Calcutta medical institutions reports 1879-81 [i.e.91]
Year: 1879
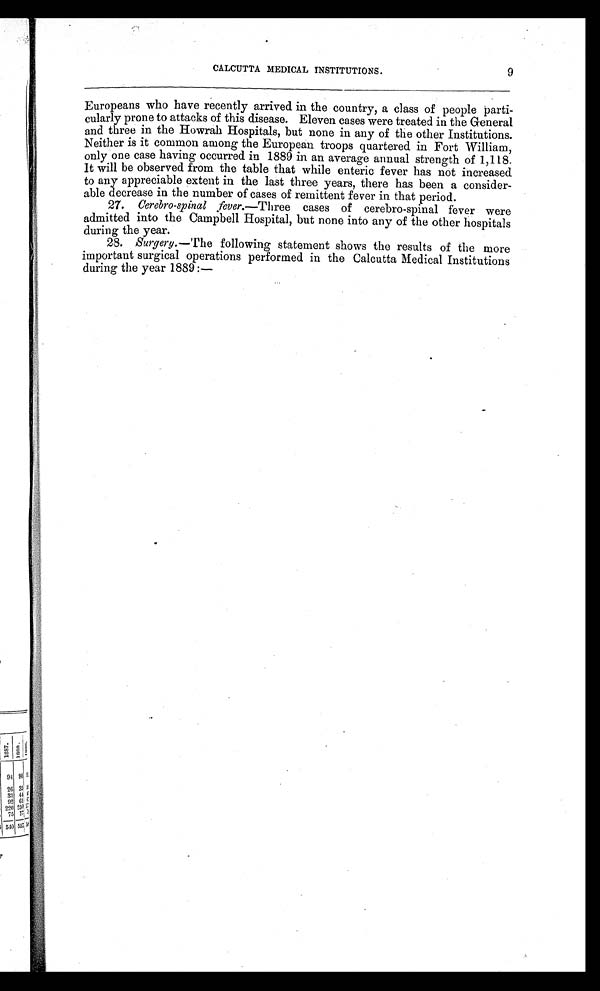
CALCUTTA MEDICAL INSTITUTIONS.
9
Europeans who have recently arrived in the country, a class of people parti-
cularly prone to attacks of this disease. Eleven cases were treated in the General
and three in the Howrah Hospitals, but none in any of the other Institutions.
Neither is it common among the European troops quartered in Fort William,
only one case having occurred in 1889 in an average annual strength of 1,118.
It will be observed from the table that while enteric fever has not increased
to any appreciable extent in the last three years, there has been a consider-
able decrease in the number of cases of remittent fever in that period.
27.
Cerebro-spinal fever.—Three cases of cerebro-spinal fever were
admitted into the Campbell Hospital, but none into any of the other hospitals
during the year.
28. Surgery.— The following statement shows the results of the more
important surgical operations performed in the Calcutta Medical Institutions
during the year 1889 :—